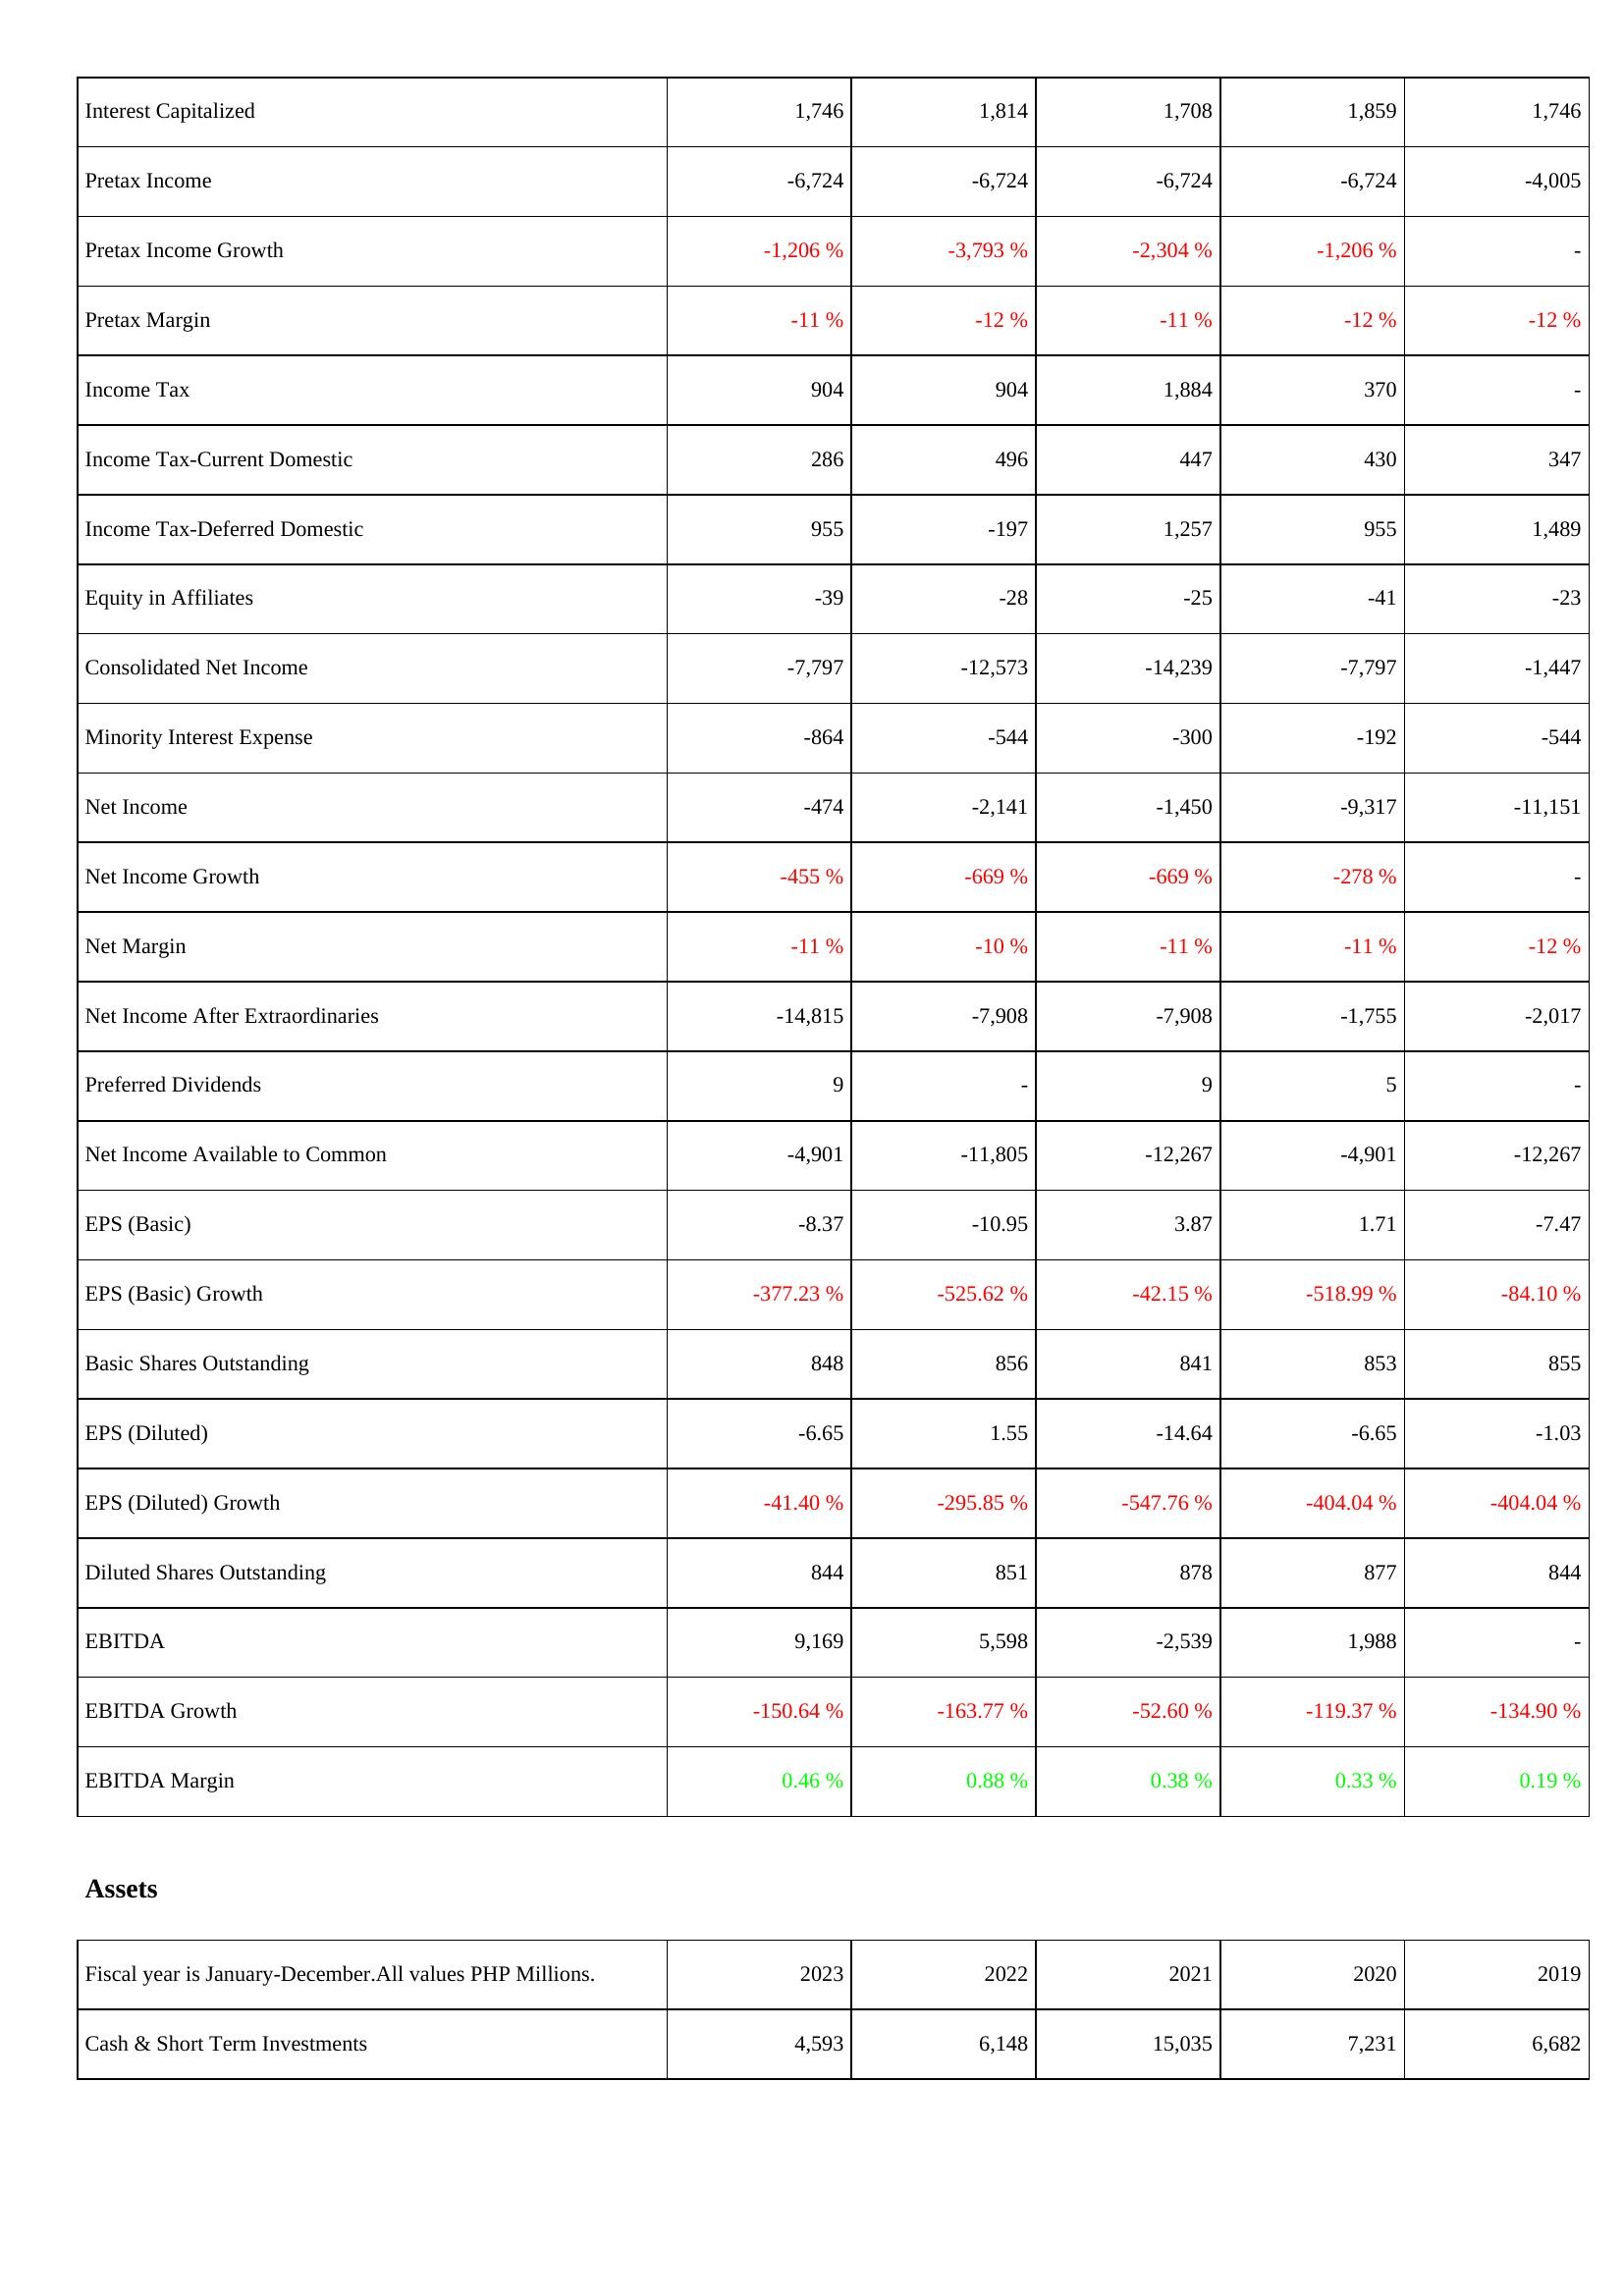
2023: Income Statement: Interest Capitalized: 1,746
Pretax Income: -6,724
Pretax Income Growth: -1,206 %
Pretax Margin: -11 %
Income Tax: 904
Income Tax-Current Domestic: 286
Income Tax-Deferred Domestic: 955
Equity in Affiliates: -39
Consolidated Net Income: -7,797
Minority Interest Expense: -864
Net Income: -474
Net Income Growth: -455 %
Net Margin: -11 %
Net Income After Extraordinaries: -14,815
Preferred Dividends: 9
Net Income Available to Common: -4,901
EPS (Basic): -8.37
EPS (Basic) Growth: -377.23 %
Basic Shares Outstanding: 848
EPS (Diluted): -6.65
EPS (Diluted) Growth: -41.40 %
Diluted Shares Outstanding: 844
EBITDA: 9,169
EBITDA Growth: -150.64 %
EBITDA Margin: 0.46 %
Assets: Cash & Short Term Investments: 4,593
2022: Income Statement: Interest Capitalized: 1,814
Pretax Income: -6,724
Pretax Income Growth: -3,793 %
Pretax Margin: -12 %
Income Tax: 904
Income Tax-Current Domestic: 496
Income Tax-Deferred Domestic: -197
Equity in Affiliates: -28
Consolidated Net Income: -12,573
Minority Interest Expense: -544
Net Income: -2,141
Net Income Growth: -669 %
Net Margin: -10 %
Net Income After Extraordinaries: -7,908
Preferred Dividends: -
Net Income Available to Common: -11,805
EPS (Basic): -10.95
EPS (Basic) Growth: -525.62 %
Basic Shares Outstanding: 856
EPS (Diluted): 1.55
EPS (Diluted) Growth: -295.85 %
Diluted Shares Outstanding: 851
EBITDA: 5,598
EBITDA Growth: -163.77 %
EBITDA Margin: 0.88 %
Assets: Cash & Short Term Investments: 6,148
2021: Income Statement: Interest Capitalized: 1,708
Pretax Income: -6,724
Pretax Income Growth: -2,304 %
Pretax Margin: -11 %
Income Tax: 1,884
Income Tax-Current Domestic: 447
Income Tax-Deferred Domestic: 1,257
Equity in Affiliates: -25
Consolidated Net Income: -14,239
Minority Interest Expense: -300
Net Income: -1,450
Net Income Growth: -669 %
Net Margin: -11 %
Net Income After Extraordinaries: -7,908
Preferred Dividends: 9
Net Income Available to Common: -12,267
EPS (Basic): 3.87
EPS (Basic) Growth: -42.15 %
Basic Shares Outstanding: 841
EPS (Diluted): -14.64
EPS (Diluted) Growth: -547.76 %
Diluted Shares Outstanding: 878
EBITDA: -2,539
EBITDA Growth: -52.60 %
EBITDA Margin: 0.38 %
Assets: Cash & Short Term Investments: 15,035
2020: Income Statement: Interest Capitalized: 1,859
Pretax Income: -6,724
Pretax Income Growth: -1,206 %
Pretax Margin: -12 %
Income Tax: 370
Income Tax-Current Domestic: 430
Income Tax-Deferred Domestic: 955
Equity in Affiliates: -41
Consolidated Net Income: -7,797
Minority Interest Expense: -192
Net Income: -9,317
Net Income Growth: -278 %
Net Margin: -11 %
Net Income After Extraordinaries: -1,755
Preferred Dividends: 5
Net Income Available to Common: -4,901
EPS (Basic): 1.71
EPS (Basic) Growth: -518.99 %
Basic Shares Outstanding: 853
EPS (Diluted): -6.65
EPS (Diluted) Growth: -404.04 %
Diluted Shares Outstanding: 877
EBITDA: 1,988
EBITDA Growth: -119.37 %
EBITDA Margin: 0.33 %
Assets: Cash & Short Term Investments: 7,231
2019: Income Statement: Interest Capitalized: 1,746
Pretax Income: -4,005
Pretax Income Growth: -
Pretax Margin: -12 %
Income Tax: -
Income Tax-Current Domestic: 347
Income Tax-Deferred Domestic: 1,489
Equity in Affiliates: -23
Consolidated Net Income: -1,447
Minority Interest Expense: -544
Net Income: -11,151
Net Income Growth: -
Net Margin: -12 %
Net Income After Extraordinaries: -2,017
Preferred Dividends: -
Net Income Available to Common: -12,267
EPS (Basic): -7.47
EPS (Basic) Growth: -84.10 %
Basic Shares Outstanding: 855
EPS (Diluted): -1.03
EPS (Diluted) Growth: -404.04 %
Diluted Shares Outstanding: 844
EBITDA: -
EBITDA Growth: -134.90 %
EBITDA Margin: 0.19 %
Assets: Cash & Short Term Investments: 6,682